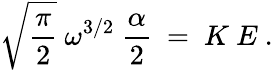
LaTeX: \sqrt{\frac{\pi}{2}}~\omega^{3/2}~\frac{\alpha}{2}~=~K~E~.